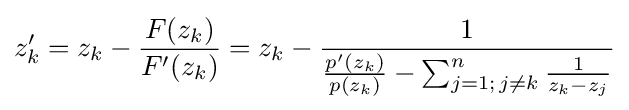
z_{k}'=z_{k}-{\frac {F(z_{k})}{F'(z_{k})}}=z_{k}-{\frac {1}{{\frac {p'(z_{k})}{p(z_{k})}}-\sum _{j=1;\,j\neq k}^{n}{\frac {1}{z_{k}-z_{j}}}}}